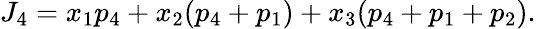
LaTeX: J_{4}=x_{1}p_{4}+x_{2}(p_{4}+p_{1})+x_{3}(p_{4}+p_{1}+p_{2}).